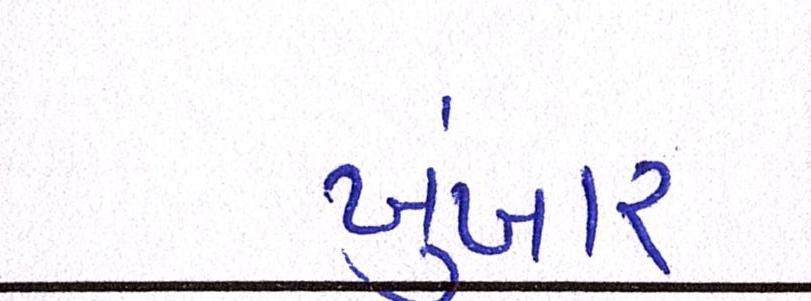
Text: ખુંખાર